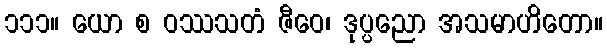
၁၁၁။ ယော စ ဝဿသတံ ဇီဝေ၊ ဒုပ္ပညော အသမာဟိတော။